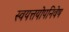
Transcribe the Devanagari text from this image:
स्वयत्तयोपनिवेष